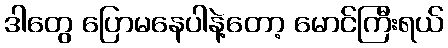
ဒါတွေ ပြောမနေပါနဲ့တော့ မောင်ကြီးရယ်